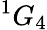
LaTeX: ^1G_{4}